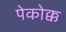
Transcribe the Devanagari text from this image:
पेकोक्क